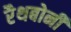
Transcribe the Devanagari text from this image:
रैथबोनी